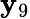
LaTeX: \mathbf{y}_{9}